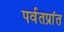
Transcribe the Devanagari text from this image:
पर्वतप्रांत